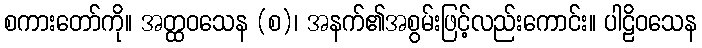
စကားတော်ကို။ အတ္ထဝသေန (စ)၊ အနက်၏အစွမ်းဖြင့်လည်းကောင်း။ ပါဠိဝသေန